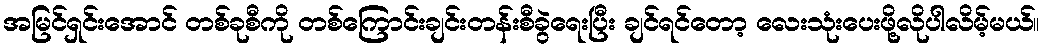
အမြင်ရှင်းအောင် တစ်ခုစီကို တစ်ကြောင်းချင်းတန်းစီခွဲရေးပြီး ချင်ရင်တော့ လေးသုံးပေးဖို့လိုပါလိမ့်မယ်။